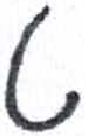
אות: ט